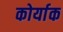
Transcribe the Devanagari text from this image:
कोर्याक